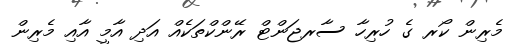
މެރިން ކޯރ ގެ ހުރިހާ ސާރޖަންޓް ރޭންކްތަކެއް އަދި އާމީ އާއި މެރިން